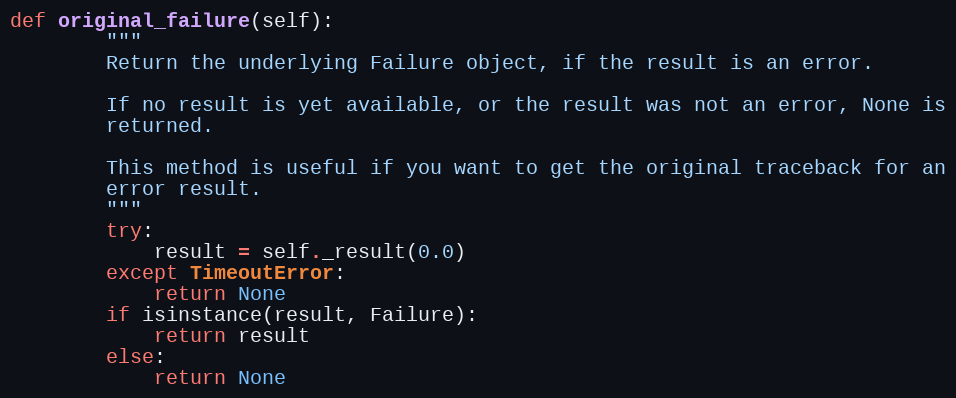
Language: Python
def original_failure(self):
        """
        Return the underlying Failure object, if the result is an error.

        If no result is yet available, or the result was not an error, None is
        returned.

        This method is useful if you want to get the original traceback for an
        error result.
        """
        try:
            result = self._result(0.0)
        except TimeoutError:
            return None
        if isinstance(result, Failure):
            return result
        else:
            return None